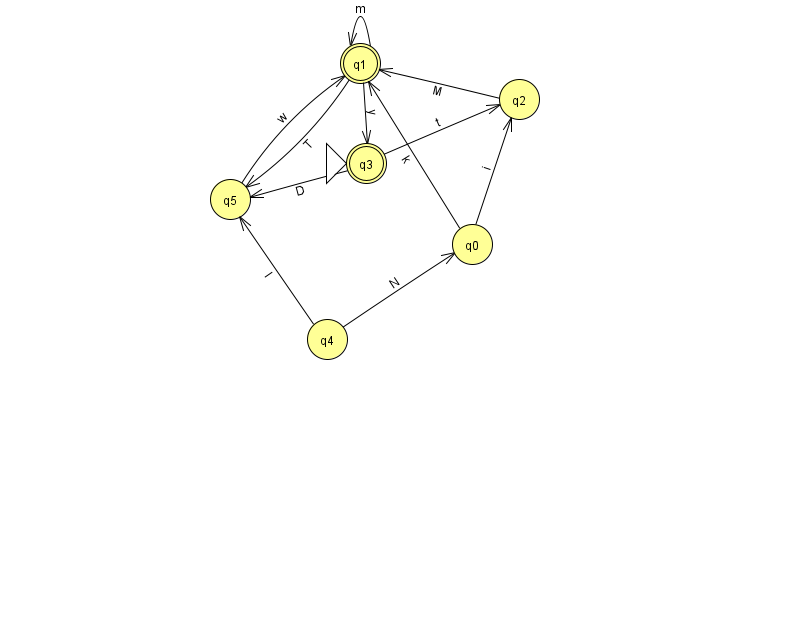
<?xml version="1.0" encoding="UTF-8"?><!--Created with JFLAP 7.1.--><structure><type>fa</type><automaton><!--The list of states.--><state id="0" name="q0"><x>472.0</x><y>231.0</y></state><state id="1" name="q1"><x>360.0</x><y>50.0</y><final/></state><state id="2" name="q2"><x>519.0</x><y>86.0</y></state><state id="3" name="q3"><x>366.0</x><y>150.0</y><initial/><final/></state><state id="4" name="q4"><x>327.0</x><y>326.0</y></state><state id="5" name="q5"><x>230.0</x><y>186.0</y></state><!--The list of transitions.--><transition><from>4</from><to>0</to><read>N</read></transition><transition><from>0</from><to>2</to><read>i</read></transition><transition><from>2</from><to>1</to><read>M</read></transition><transition><from>1</from><to>3</to><read>y</read></transition><transition><from>4</from><to>5</to><read>I</read></transition><transition><from>1</from><to>5</to><read>T</read></transition><transition><from>1</from><to>1</to><read>m</read></transition><transition><from>3</from><to>5</to><read>D</read></transition><transition><from>0</from><to>1</to><read>k</read></transition><transition><from>3</from><to>2</to><read>t</read></transition><transition><from>5</from><to>1</to><read>w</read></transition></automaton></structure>